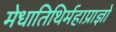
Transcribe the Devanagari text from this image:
मेधातिथिर्महाप्राज्ञो